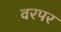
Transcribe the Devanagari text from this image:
वरपर